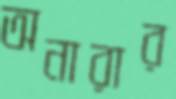
অনারার